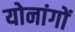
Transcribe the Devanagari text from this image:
योनांगों